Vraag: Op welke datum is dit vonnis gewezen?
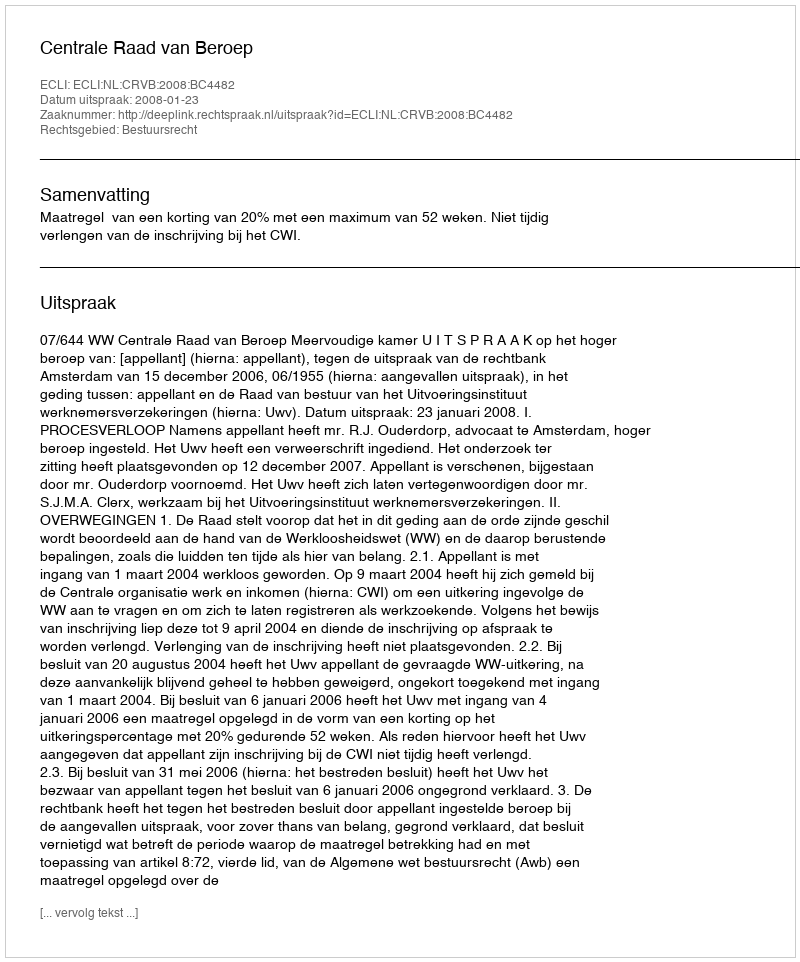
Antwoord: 2008-01-23